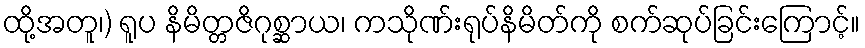
ထို့အတူ၊) ရူပ နိမိတ္တဇိဂုစ္ဆာယ၊ ကသိုဏ်းရုပ်နိမိတ်ကို စက်ဆုပ်ခြင်းကြောင့်။